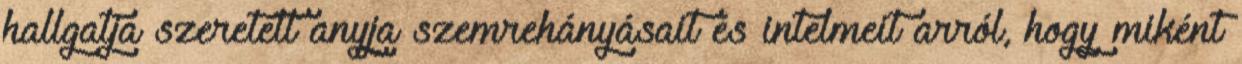
hallgatja szeretett anyja szemrehányásait és intelmeit arról, hogy miként